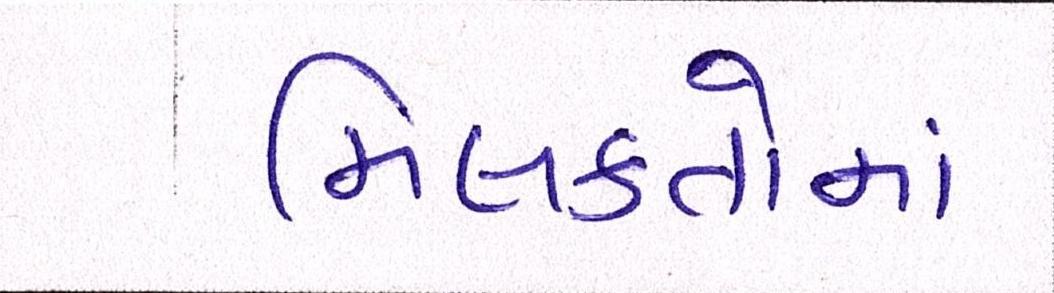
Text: મિલકતોમાં